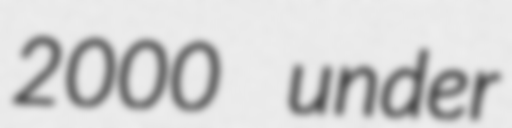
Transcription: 2000 under